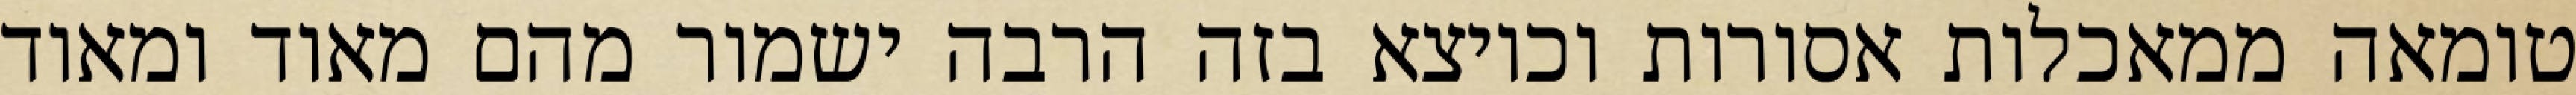
טומאה ממאכלות אסורות וכיוצא בזה הרבה ישמור מהם מאוד ומאוד